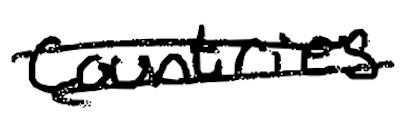
Text: countries
Cross-out: double-line
Writing tool: digital_black